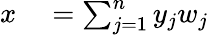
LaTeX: \begin{array}{rl}{x}&{{}=\sum_{j=1}^{n}y_{j}w_{j}}\end{array}